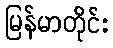
မြန်မာတိုင်း